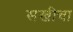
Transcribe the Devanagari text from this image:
सखीचा